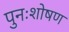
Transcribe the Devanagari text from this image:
पुनःशोषण